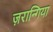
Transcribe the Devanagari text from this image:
ज़रान्गिया